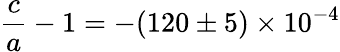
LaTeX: {\frac{c}{a}}-1=-(120\pm 5)\times 10^{-4}